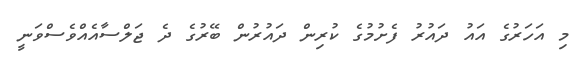
މި އަހަރުގެ އައު ދައުރު ފެށުމުގެ ކުރިން ދައުރުން ބޭރުގެ ދެ ޖަލްސާއެއްވެސްވަނީ